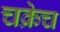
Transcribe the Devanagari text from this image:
चक्रेच